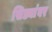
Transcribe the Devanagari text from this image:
सिड्यांवर